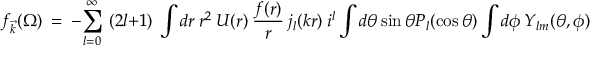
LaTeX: f _ { \vec { k } } ( \Omega ) ~ = ~ - \sum _ { l = 0 } ^ { \infty } ~ ( 2 l + 1 ) ~ \int d r ~ r ^ { 2 } ~ U ( r ) ~ \frac { f ( r ) } { r } ~ j _ { l } ( k r ) ~ i ^ { l } \int d \theta \sin \theta P _ { l } ( \cos \theta ) \int d \phi ~ Y _ { l m } ( \theta , \phi ) ~ ,